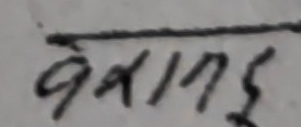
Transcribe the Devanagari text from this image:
९४११७५